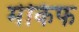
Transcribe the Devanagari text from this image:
मेकिफ